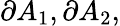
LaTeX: \partial A_{1},\partial A_{2},